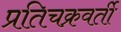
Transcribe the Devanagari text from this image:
प्रतिचक्रवर्ती